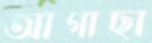
আগাছা